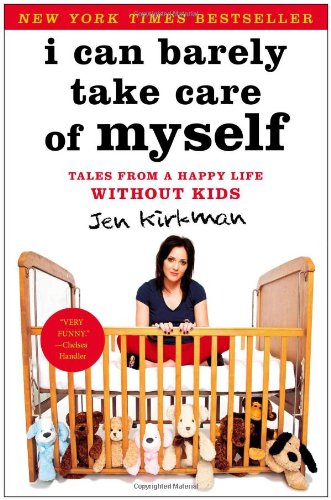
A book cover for I Can Barely Take Care of Myself: Tales From a Happy Life Without Kids; Jen Kirkman; Humor & Entertainment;